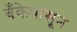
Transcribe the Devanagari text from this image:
बँकेपासून